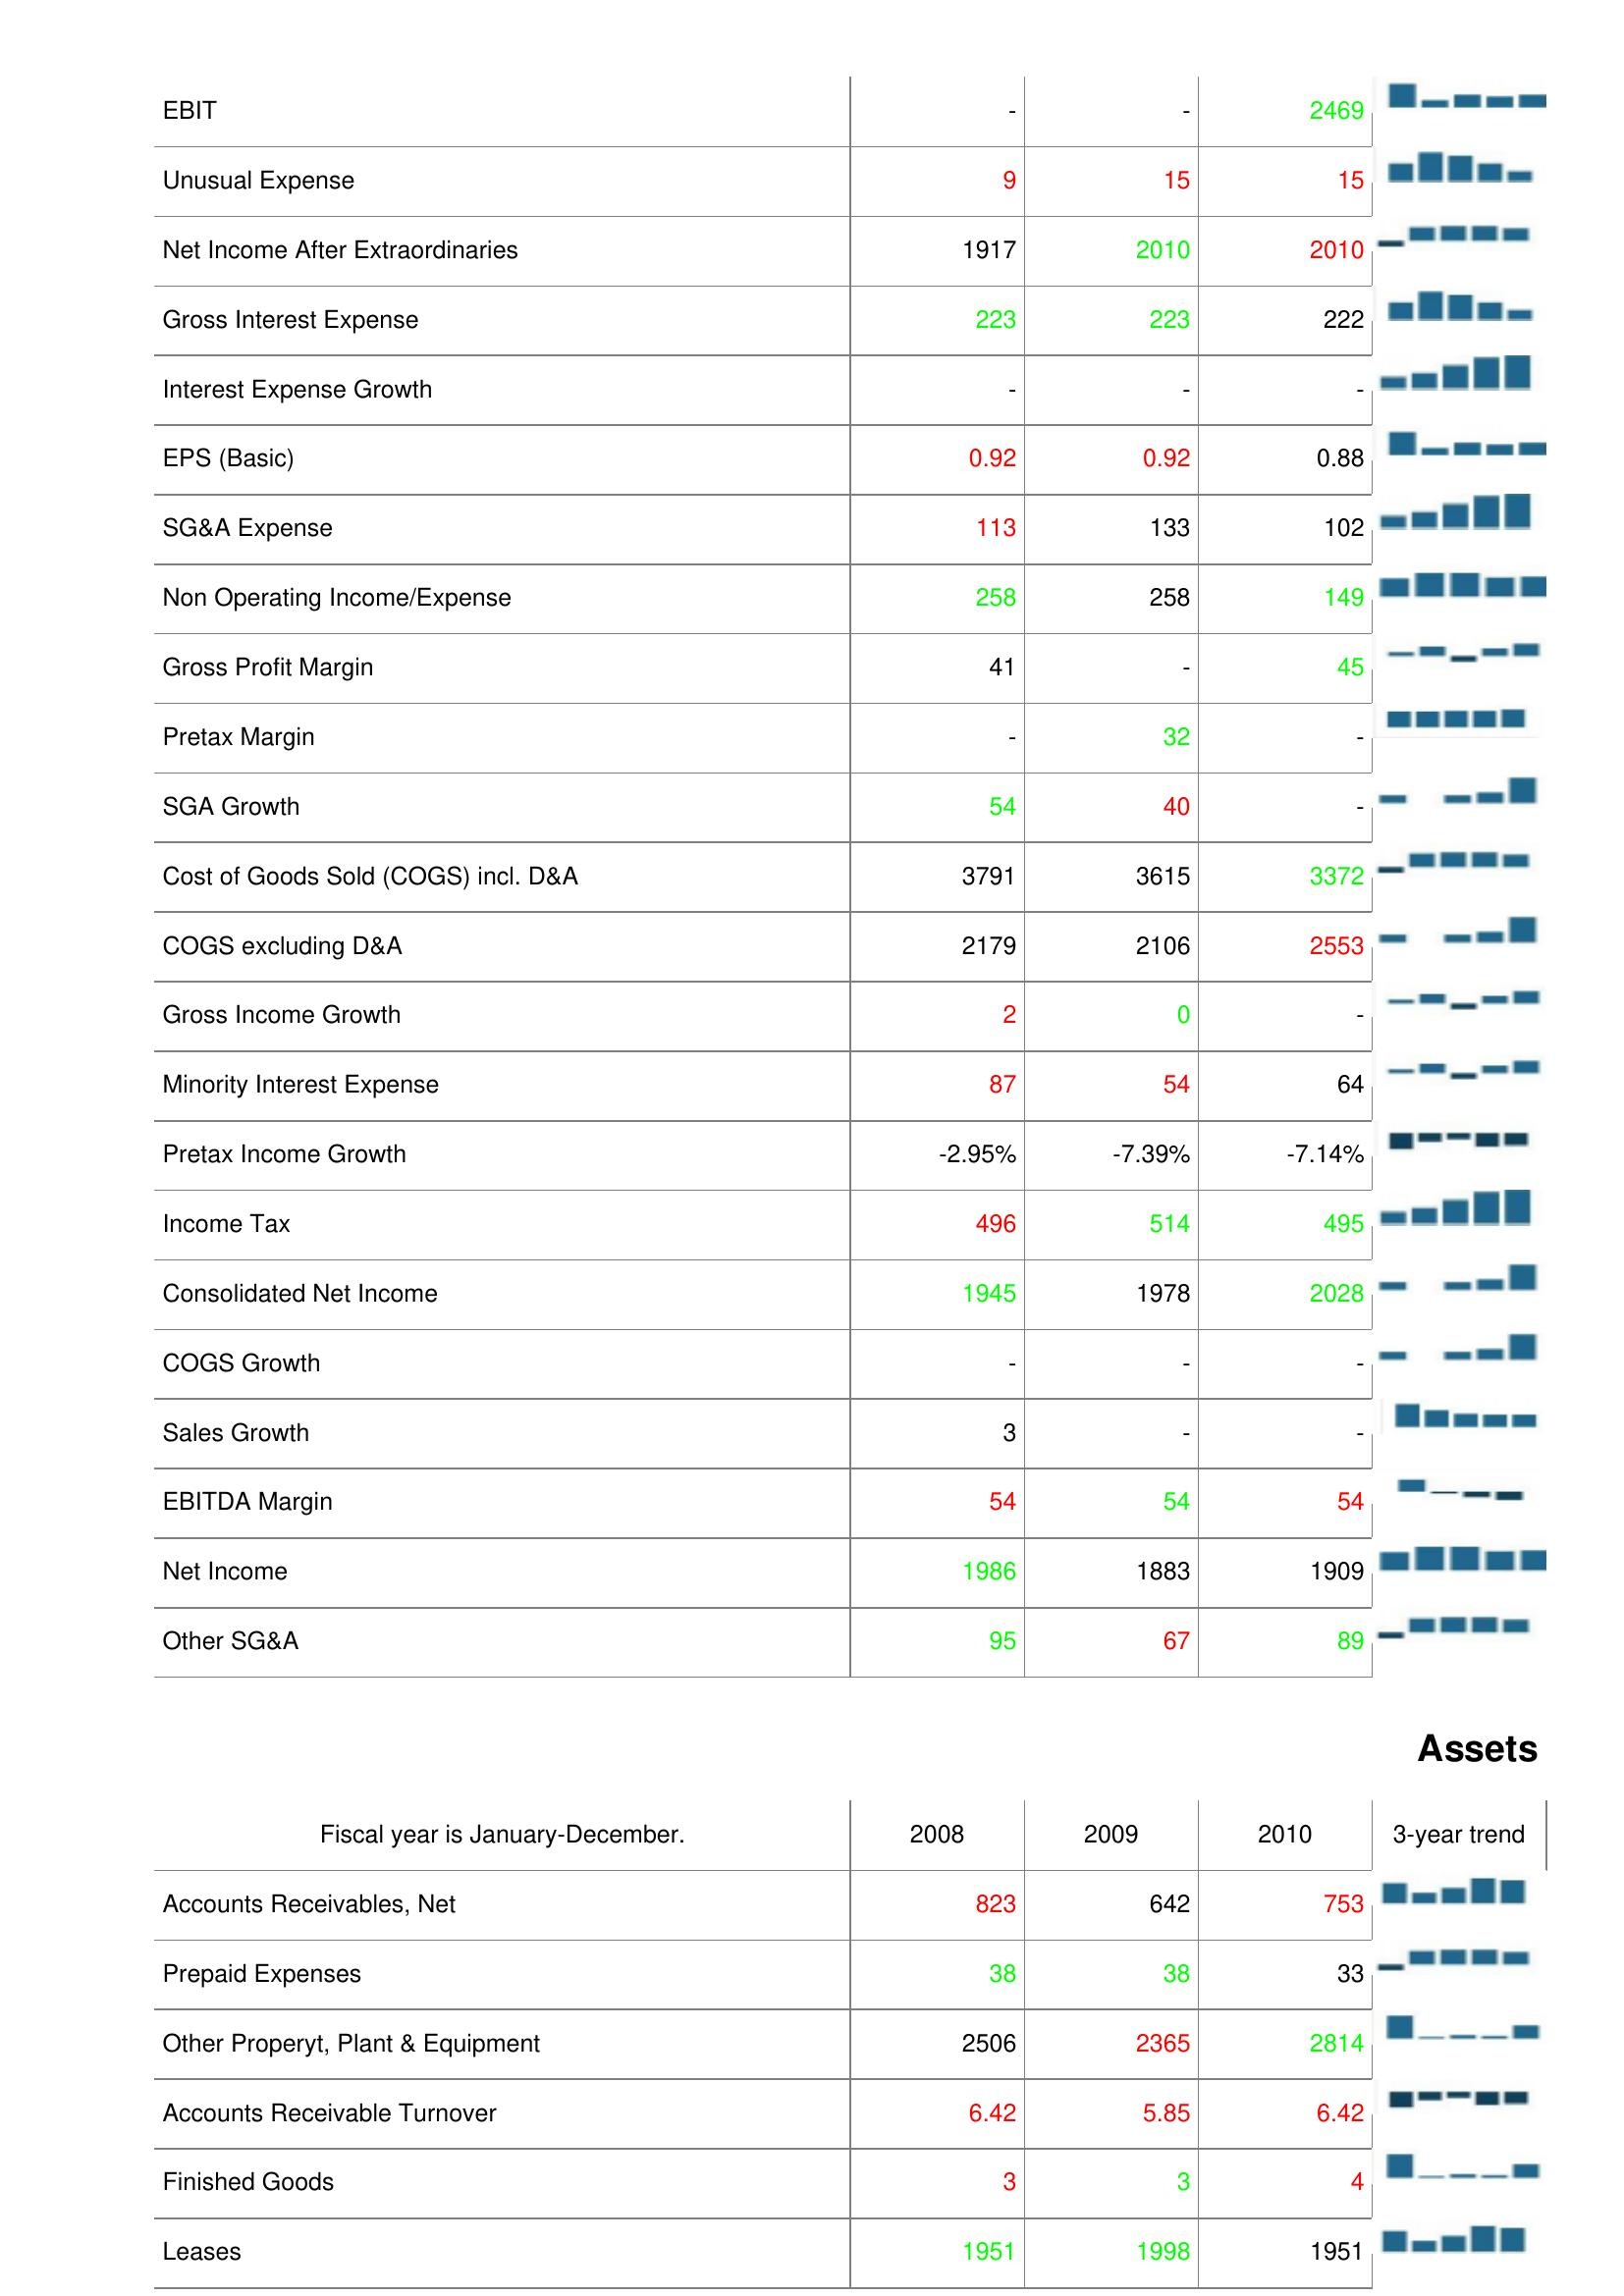
2008: : EBIT: -
Unusual Expense: 9
Net Income After Extraordinaries: 1917
Gross Interest Expense: 223
Interest Expense Growth: -
EPS (Basic): 0.92
SG&A Expense: 113
Non Operating Income/Expense: 258
Gross Profit Margin: 41
Pretax Margin: -
SGA Growth: 54
Cost of Goods Sold (COGS) incl. D&A: 3791
COGS excluding D&A: 2179
Gross Income Growth: 2
Minority Interest Expense: 87
Pretax Income Growth: -2.95%
Income Tax: 496
Consolidated Net Income: 1945
COGS Growth: -
Sales Growth: 3
EBITDA Margin: 54
Net Income: 1986
Other SG&A: 95
Assets: Accounts Receivables, Net: 823
Prepaid Expenses: 38
Other Properyt, Plant & Equipment: 2506
Accounts Receivable Turnover: 6.42
Finished Goods: 3
Leases: 1951
2009: : EBIT: -
Unusual Expense: 15
Net Income After Extraordinaries: 2010
Gross Interest Expense: 223
Interest Expense Growth: -
EPS (Basic): 0.92
SG&A Expense: 133
Non Operating Income/Expense: 258
Gross Profit Margin: -
Pretax Margin: 32
SGA Growth: 40
Cost of Goods Sold (COGS) incl. D&A: 3615
COGS excluding D&A: 2106
Gross Income Growth: 0
Minority Interest Expense: 54
Pretax Income Growth: -7.39%
Income Tax: 514
Consolidated Net Income: 1978
COGS Growth: -
Sales Growth: -
EBITDA Margin: 54
Net Income: 1883
Other SG&A: 67
Assets: Accounts Receivables, Net: 642
Prepaid Expenses: 38
Other Properyt, Plant & Equipment: 2365
Accounts Receivable Turnover: 5.85
Finished Goods: 3
Leases: 1998
2010: : EBIT: 2469
Unusual Expense: 15
Net Income After Extraordinaries: 2010
Gross Interest Expense: 222
Interest Expense Growth: -
EPS (Basic): 0.88
SG&A Expense: 102
Non Operating Income/Expense: 149
Gross Profit Margin: 45
Pretax Margin: -
SGA Growth: -
Cost of Goods Sold (COGS) incl. D&A: 3372
COGS excluding D&A: 2553
Gross Income Growth: -
Minority Interest Expense: 64
Pretax Income Growth: -7.14%
Income Tax: 495
Consolidated Net Income: 2028
COGS Growth: -
Sales Growth: -
EBITDA Margin: 54
Net Income: 1909
Other SG&A: 89
Assets: Accounts Receivables, Net: 753
Prepaid Expenses: 33
Other Properyt, Plant & Equipment: 2814
Accounts Receivable Turnover: 6.42
Finished Goods: 4
Leases: 1951